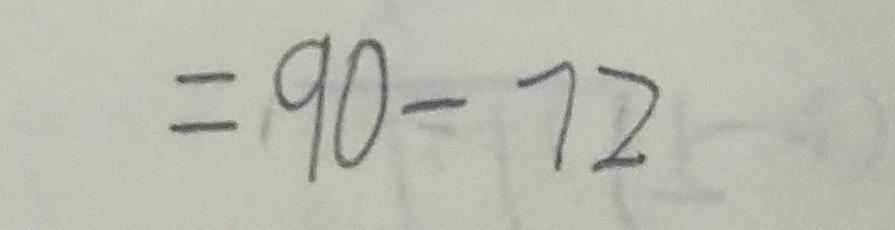
= 9 0 - 7 2